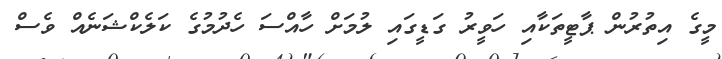
މީގެ އިތުރުން ޕާޓީތަކާއި ހަވީރު ގަޑީގައި ލުމަށް ހާއްސަ ހެދުމުގެ ކަލެކްޝަނެއް ވެސް